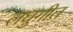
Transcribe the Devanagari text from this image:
लघुगीत